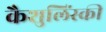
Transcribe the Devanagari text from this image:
कैशुलिंस्की